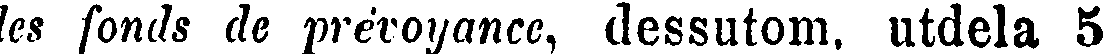
les fonds de prévoyance, dessutom, utdela 5